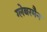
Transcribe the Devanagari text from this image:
ग्लेबरमैन